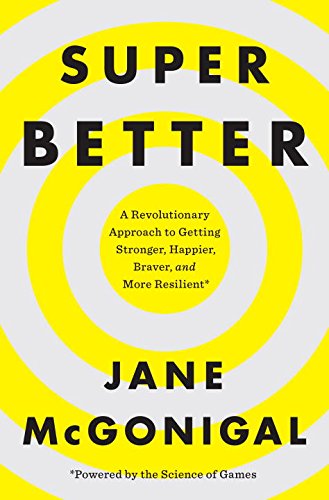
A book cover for SuperBetter: A Revolutionary Approach to Getting Stronger, Happier, Braver and More Resilient--Powered by the Science of Games; Jane McGonigal; Humor & Entertainment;